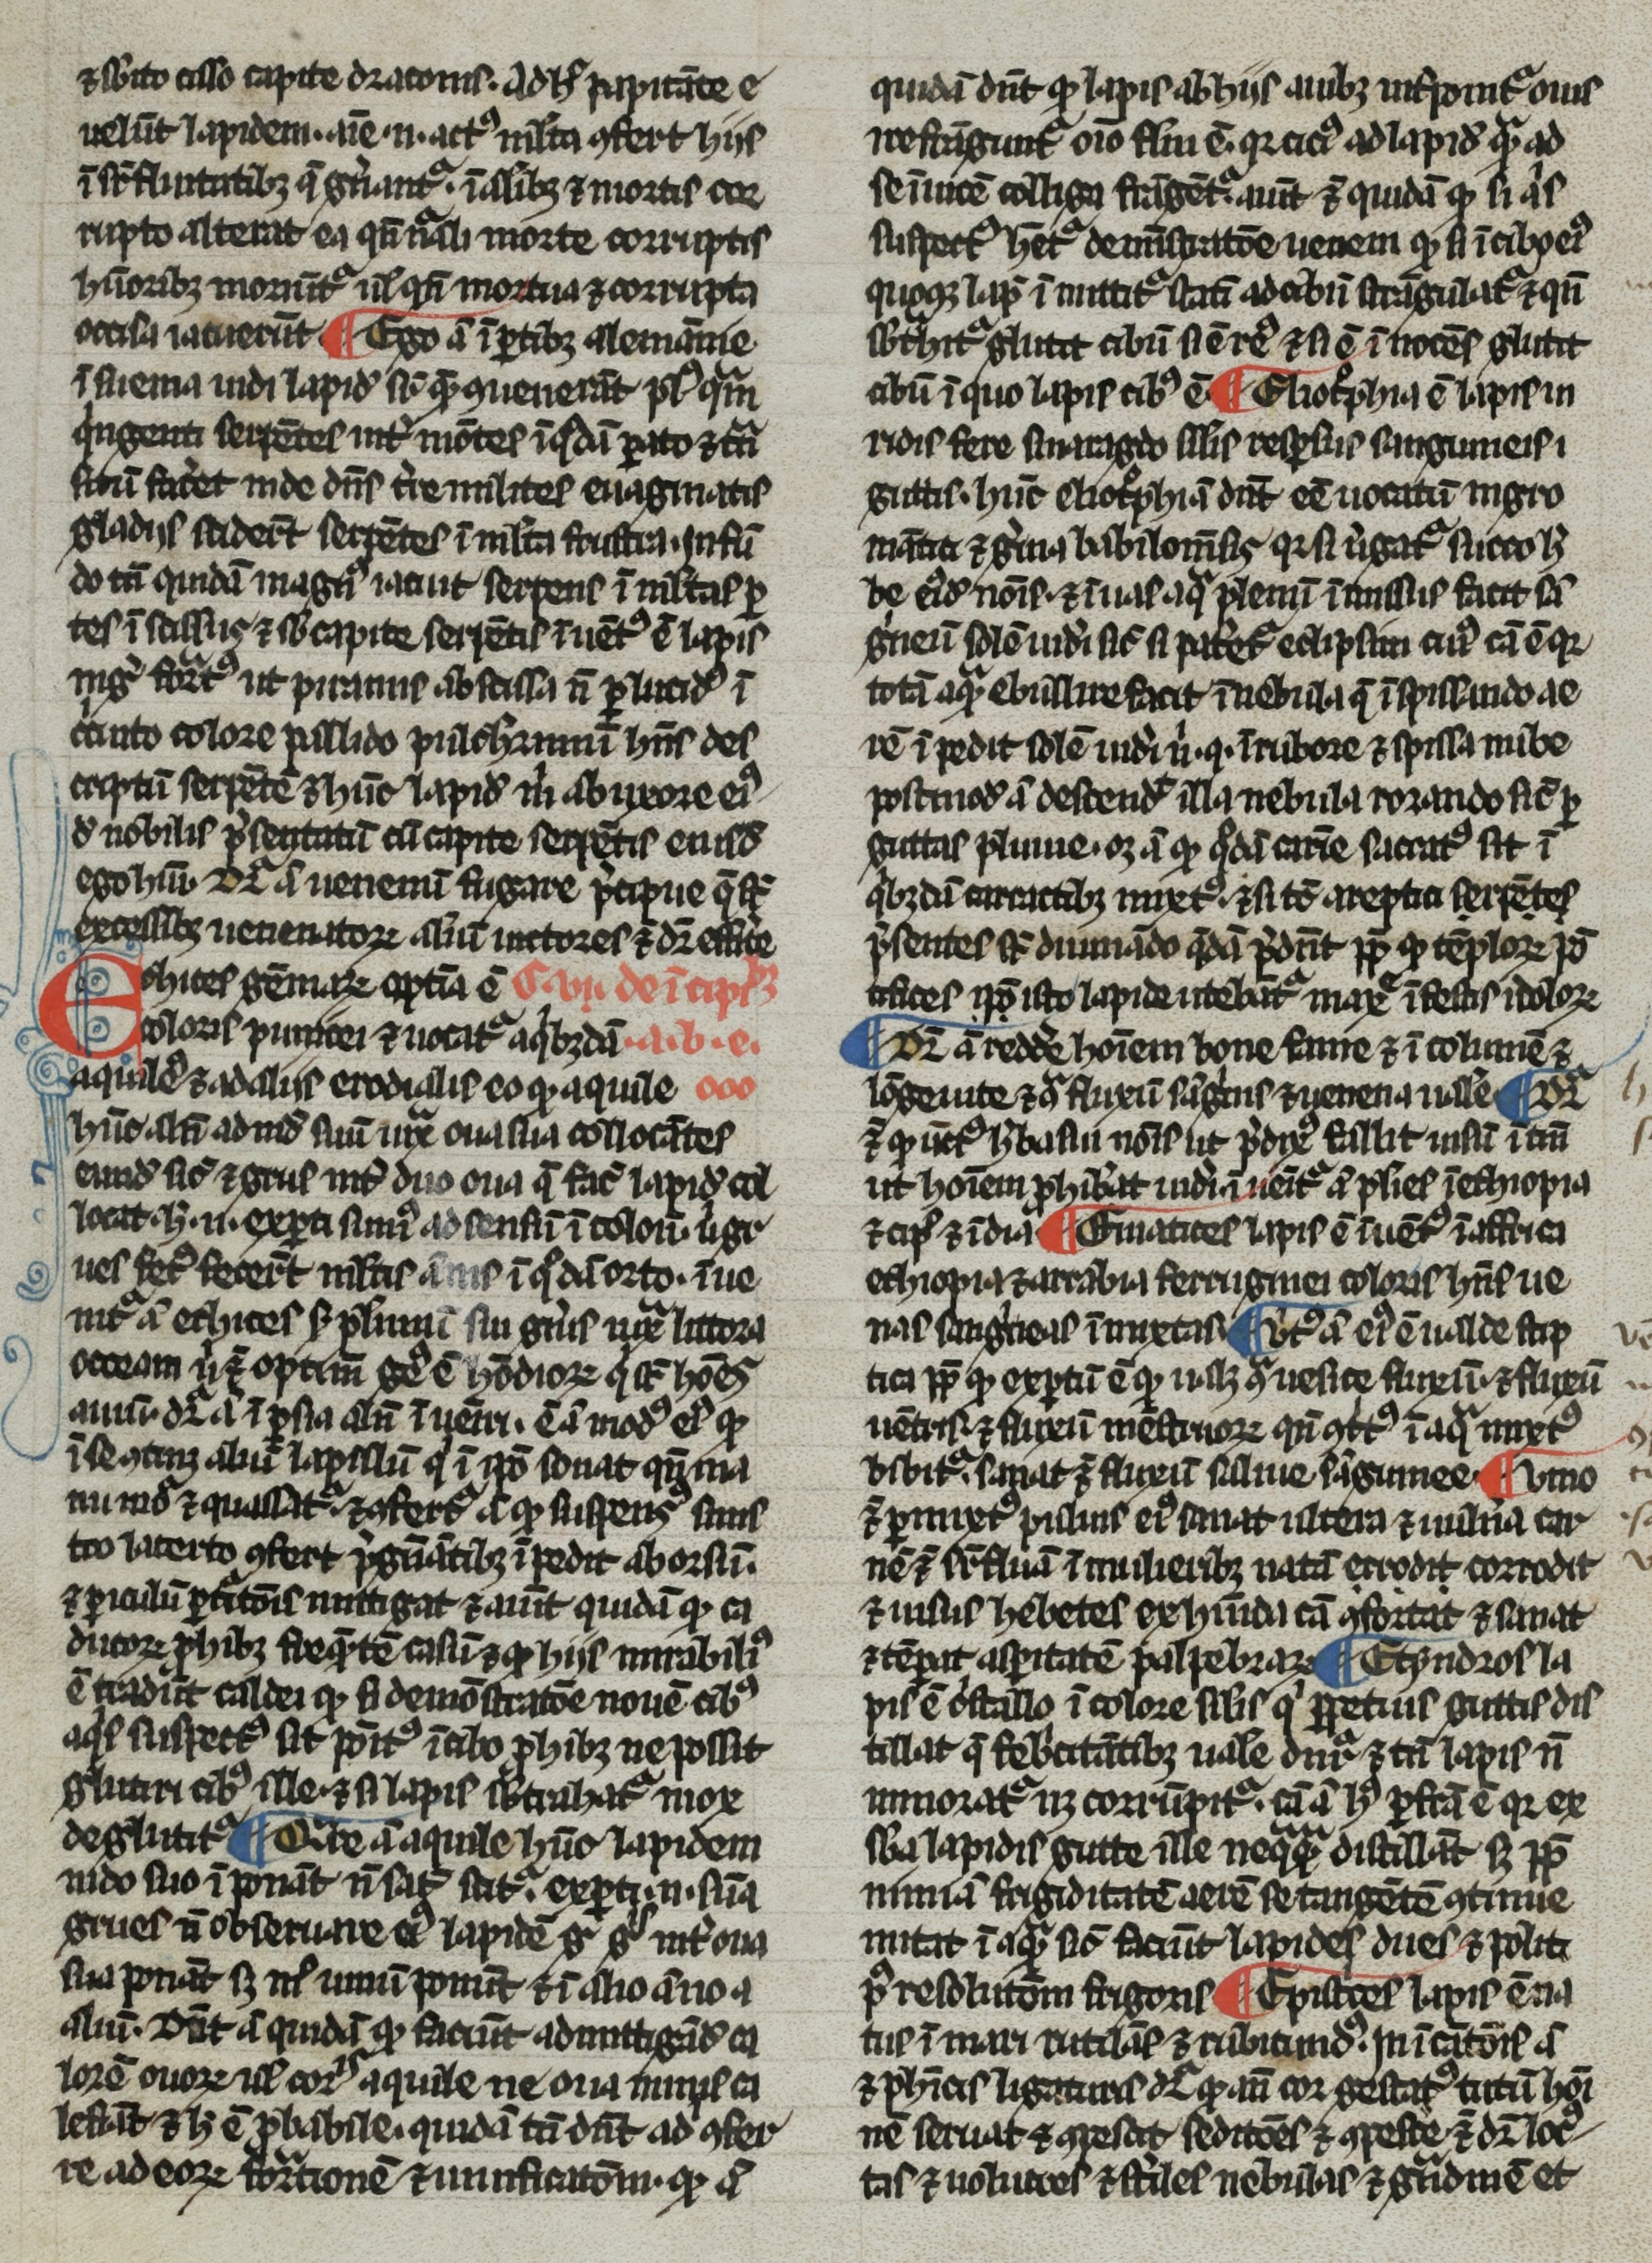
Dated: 1266–1299